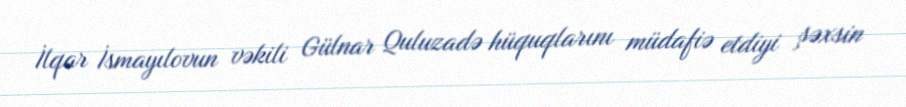
İlqar İsmayılovun vəkili Gülnar Quluzadə hüquqlarını müdafiə etdiyi şəxsin